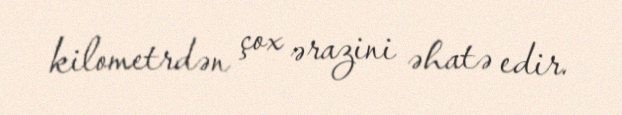
kilometrdən çox ərazini əhatə edir.